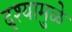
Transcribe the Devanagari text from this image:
दृश्यामुळे